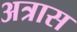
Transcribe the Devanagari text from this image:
अत्रास